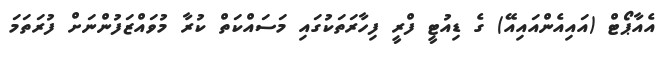
އެއާޕޯޓް (އައިއެންއައިއޭ) ގެ ޑިއުޓީ ފްރީ ފިހާރަތަކުގައި މަސައްކަތް ކުރާ މުވައްޒަފުންނަށް ފުރަތަމަ